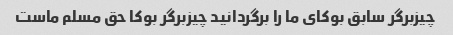
چیزبرگر سابق بوکای ما را برگردانید چیزبرگر بوکا حق مسلم ماست